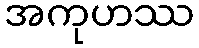
အကုဟဿ